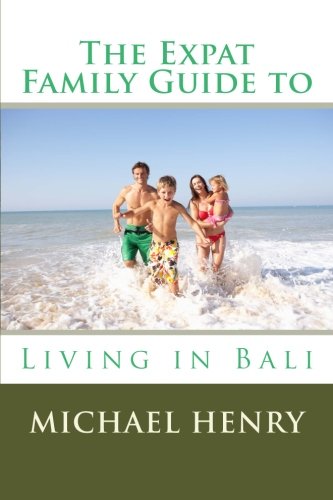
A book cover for The Expat Family Guide to Living in Bali; Michael Henry; Travel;